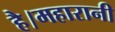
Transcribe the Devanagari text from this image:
है।महारानी